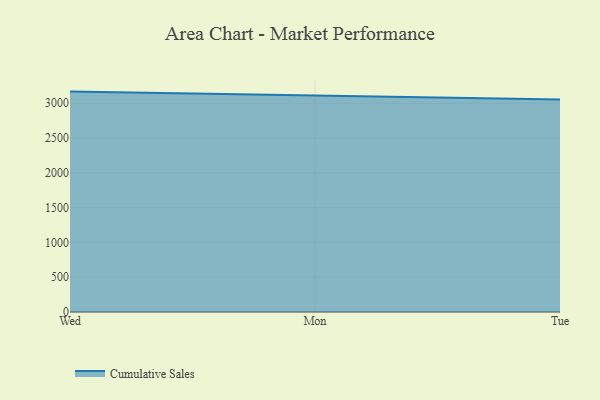
{"axis": {"x": "Day", "y": "Active Users"}, "legend": ["Cumulative Sales"], "data": [{"x": "Wed", "y": 3167.7, "type": "Cumulative Sales"}, {"x": "Mon", "y": 3107.7, "type": "Cumulative Sales"}, {"x": "Tue", "y": 3055.4, "type": "Cumulative Sales"}]}